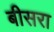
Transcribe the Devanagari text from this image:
बीसरा